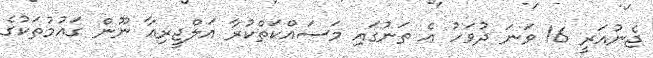
ޖެނުއަރީ 16 ވަނަ ދުވަހު އެ ތަނުގައި މަސައްކަތްކުރާ އަލްޖީރިއާ ނޫން ގައުމުތަކުގެ